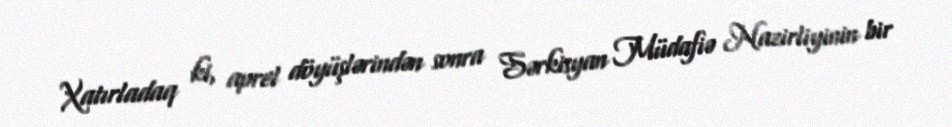
Xatırladaq ki, aprel döyüşlərindən sonra Sərkisyan Müdafiə Nazirliyinin bir